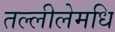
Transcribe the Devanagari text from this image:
तल्लीलेमधि